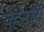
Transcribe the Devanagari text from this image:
पेहनाते